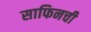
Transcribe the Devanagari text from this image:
साफिनची